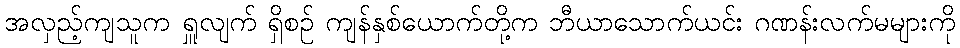
အလှည့်ကျသူက ရှူလျက် ရှိစဉ် ကျန်နှစ်ယောက်တို့က ဘီယာသောက်ယင်း ဂဏန်းလက်မများကို